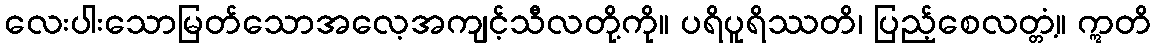
လေးပါးသောမြတ်သောအလေ့အကျင့်သီလတို့ကို။ ပရိပူရိဿတိ၊ ပြည့်စေလတ္တံ့။ ဣတိ